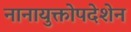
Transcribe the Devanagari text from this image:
नानायुक्तोपदेशेन